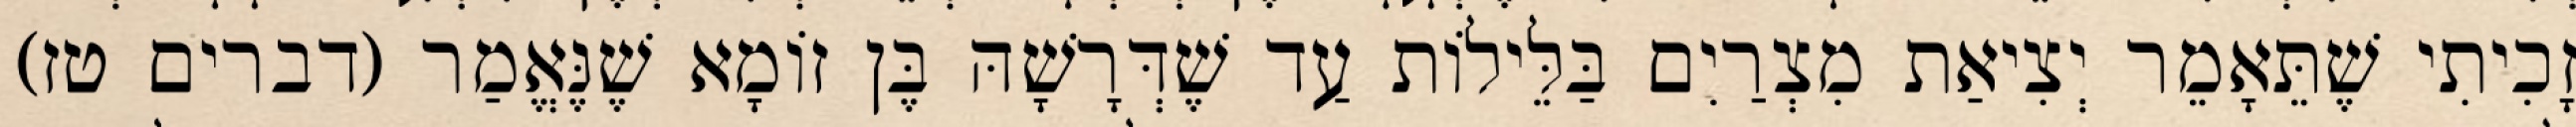
זָכִיתִי שֶׁתֵּאָמֵר יְצִיאַת מִצְרַיִם בַּלֵּילוֹת עַד שֶׁדְּרָשָׁהּ בֶּן זוֹמָא שֶׁנֶּאֱמַר (דברים טז)